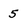
Character: 5